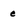
Character: e